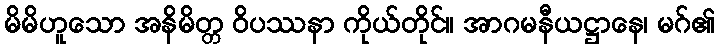
မိမိဟူသော အနိမိတ္တ ဝိပဿနာ ကိုယ်တိုင်။ အာဂမနီယဋ္ဌာနေ၊ မဂ်၏